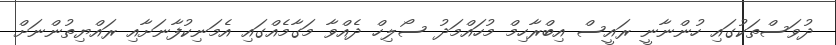
ދުވަސްތަކުގައި ހުންނާނީ ރައީސް އިބްރާހިމް މުހައްމަދު ސޯލިހް ދެއްވާ މަގާމެއްގައި އެމަނިކުފާނަށާއި ރައްޔިތުންނަށް